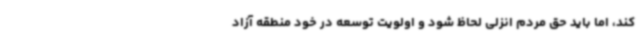
کند، اما باید حق مردم انزلی لحاظ شود و اولویت توسعه در خود منطقه آزاد